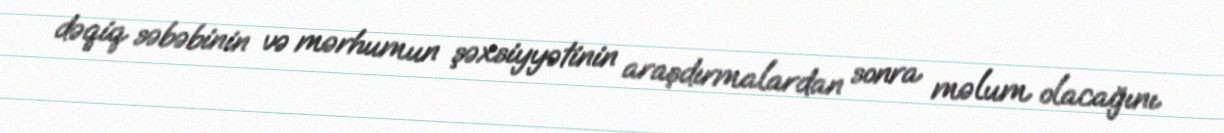
dəqiq səbəbinin və mərhumun şəxsiyyətinin araşdırmalardan sonra məlum olacağını